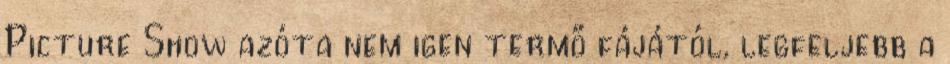
Picture Show azóta nem igen termő fájától, legfeljebb a